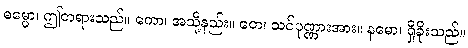
ဓမ္မော၊ ဤတရားသည်။ ကော၊ အသို့နည်း။ တေ၊ သင်ပုဏ္ဏားအား။ နမော၊ ရှိခိုးသည်။